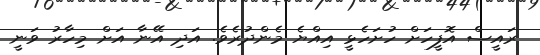
ރައީސް އޮފީހަށް ހުށަހެޅީ އިއްޔެ މެންދުރެވެ. އަދި އޭނާ އަށް މިހާރު ވަނީ